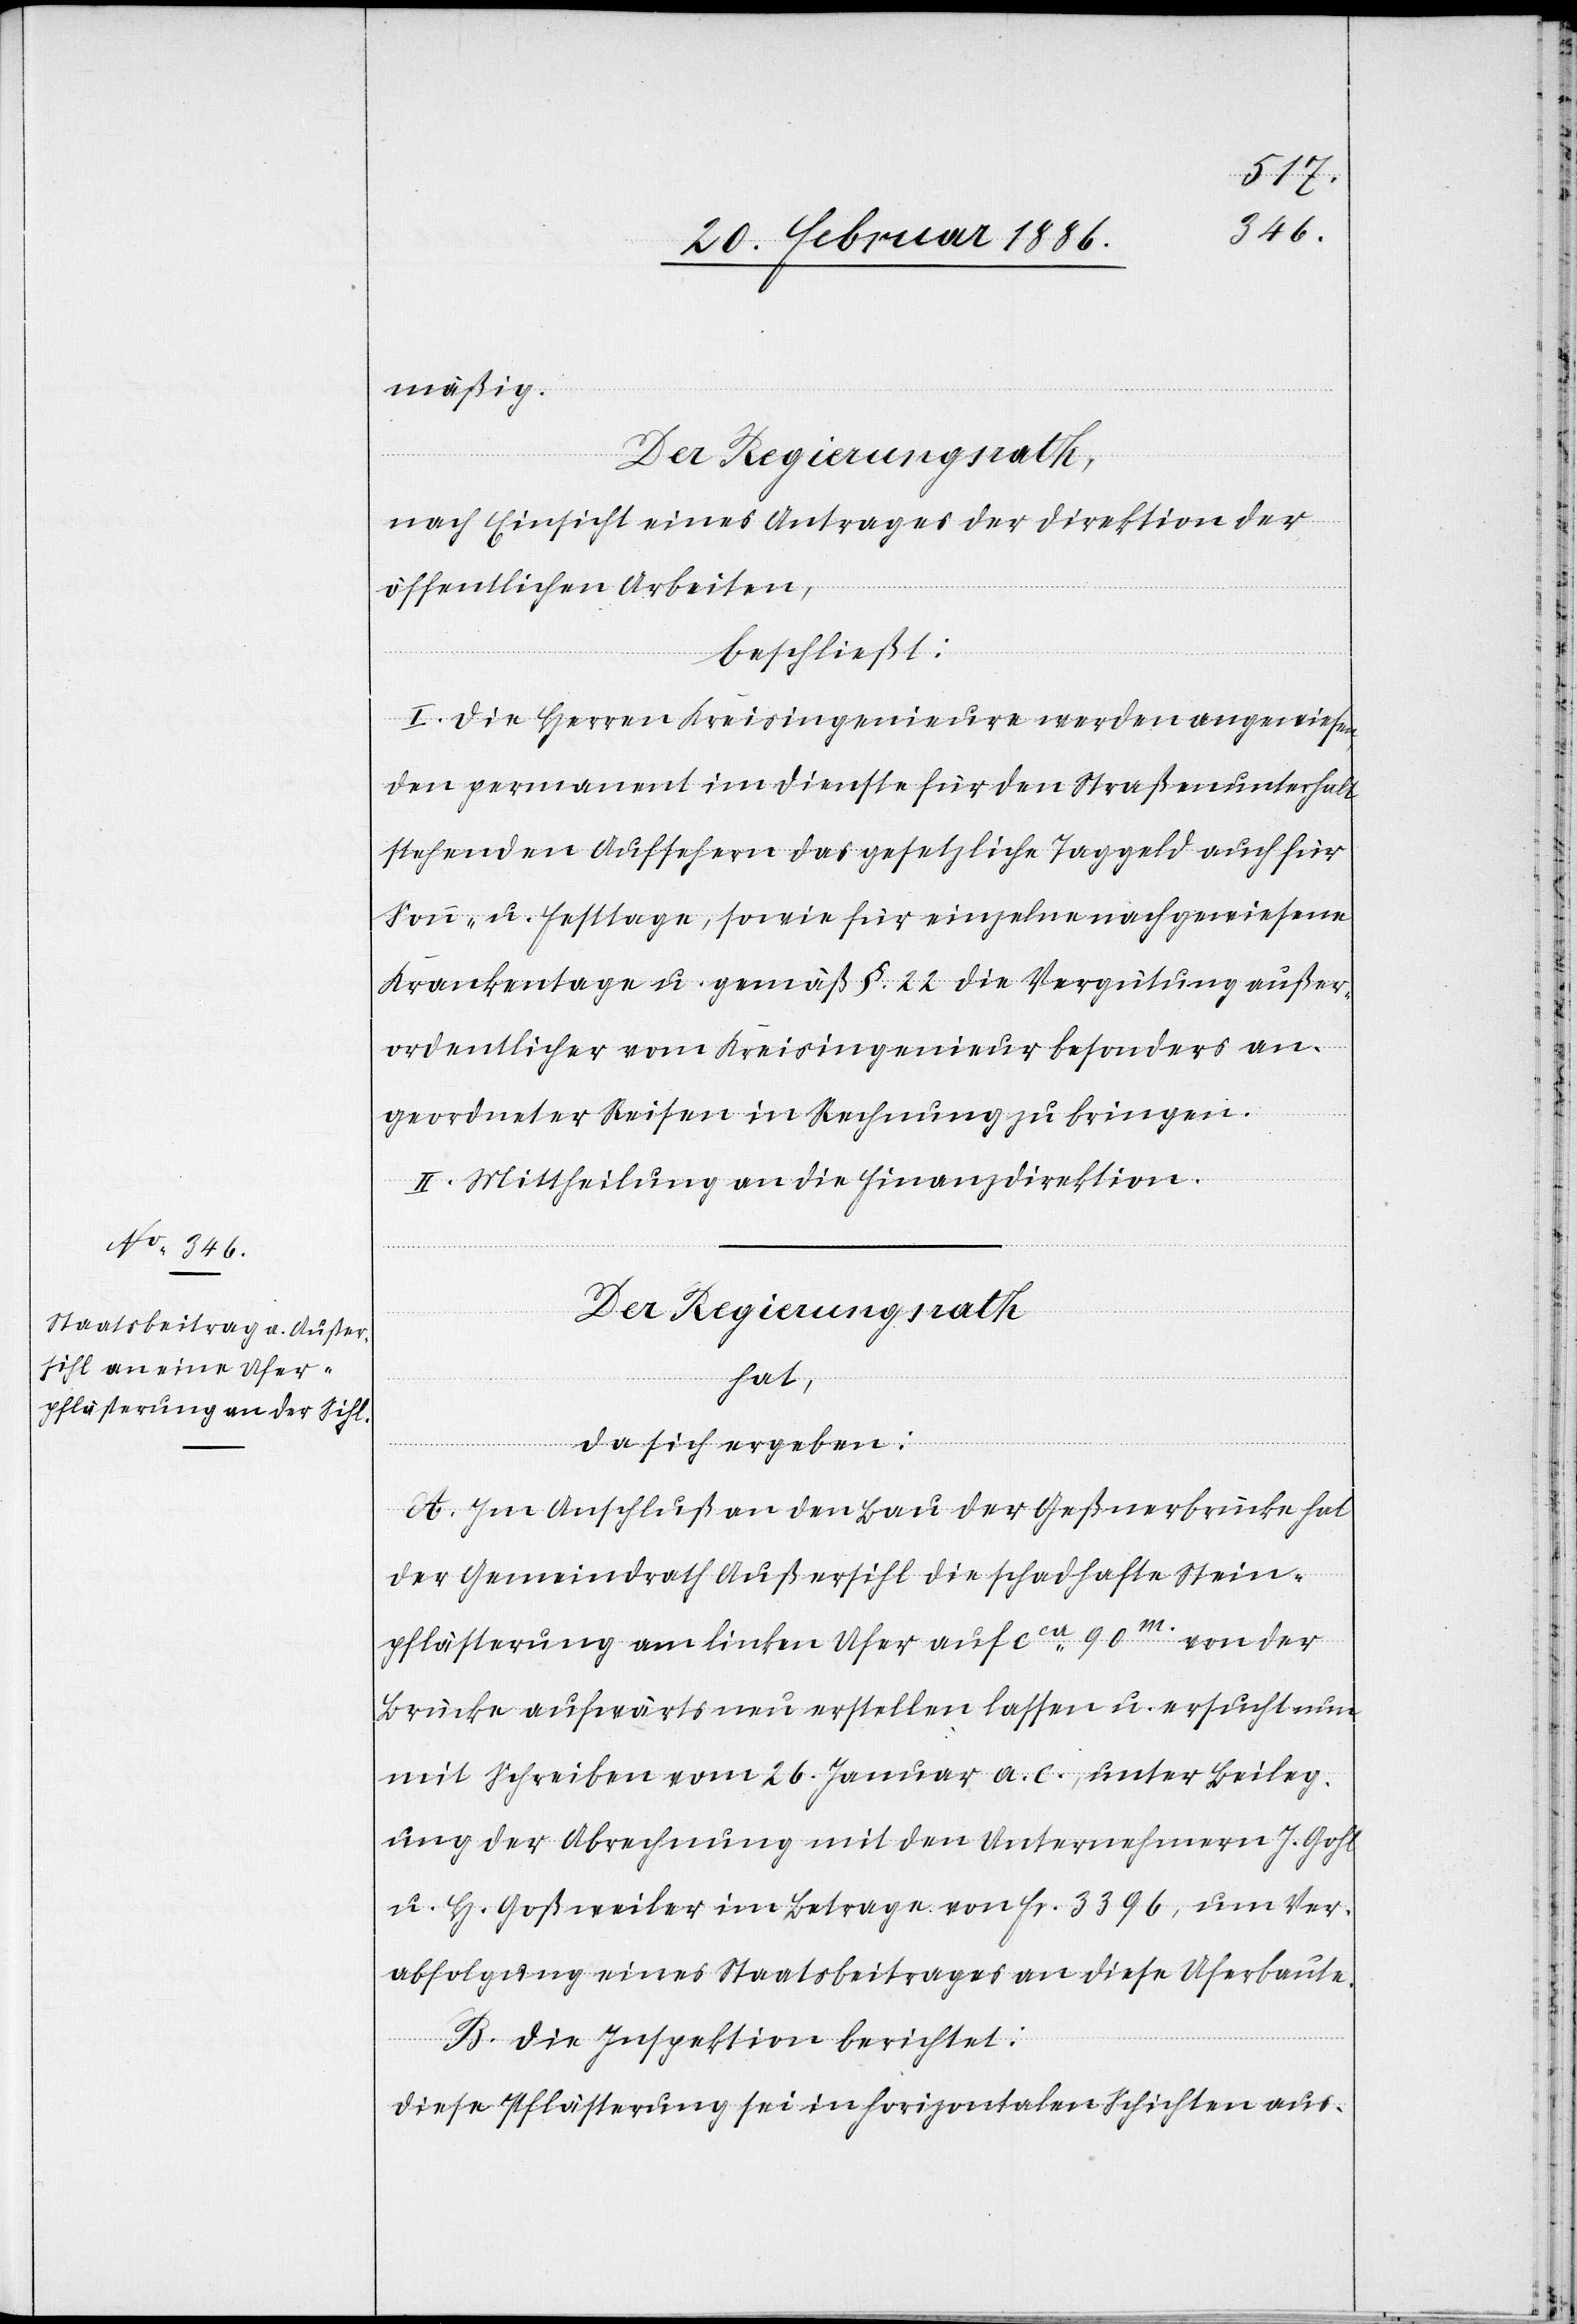
mäßig.
Der Regierungsrath,
nach Einsicht eines Antrages der Direktion der
öffentlichen Arbeiten,
beschließt:
I. Die Herren Kreisingenieure werden angewies¬
den permanent im Dienste für den Straßenunterhalt
stehenden Aufsehern das gesetzliche Taggeld auch für
Sonn- u. Festtage, sowie für einzelne nachgewiesene
Krankentage u. gemäß §. 22 die Vergütung außer¬
ordentlicher vom Kreisingenieur besonders an¬
geordneter Reisen in Rechnung zu bringen.
II. Mittheilung an die Finanzdirektion.
Der Regierungsrath
hat,
da sich ergeben:
A. Im Anschluß an den Bau der Geßnerbrücke hat
der Gemeindrath Außersihl die schadhafte Stein¬
pflästerung am linken Ufer auf cca 90m. von der
Brücke aufwärts neu erstellen lassen u. ersucht nun
mit Schreiben vom 26. Januar a. c., unter Beileg¬
ung der Abrechnung mit den Unternehmern J. Gohl
u. H. Goßweiler im Betrage von Fr. 3396, um Ver¬
abfolgung eines Staatsbeitrages an diese Uferbaute.
en,
B. Die Inspektion berichtet:
Diese Pflästerung sei in horizontalen Schichten aus-